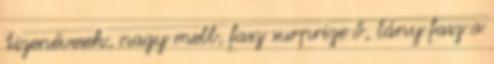
tizenévesek, nagy mell, fasz surprize ő, lány fasz a